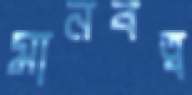
মানবত্ব